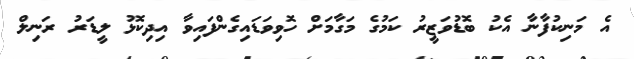
އެ މަނިކުފާނާ އެކު ބޮޑުވަޒީރު ކަމުގެ މަގާމަށް ހޮވިވަޑައިގެންފައިވާ އިދިކޮޅު ލީޑަރު ރަނިލް